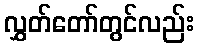
လွှတ်တော်တွင်လည်း